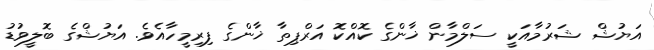
އަޔުޝް ޝަރުމާއަކީ ސަލްމާން ޚާންގެ ކޮއްކޮ އަރްޕިތާ ޚާންގެ ފިރިމީހާއެވެ. އަޔުޝްގެ ބޮލީވުޑު